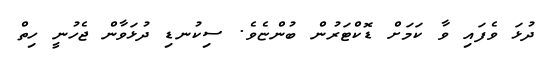
ދުޅަ ވެފައި ވާ ކަމަށް ޑޮކްޓަރުން ބުންޏެވެ. ސިކުނޑި ދުޅަވާން ޖެހުނީ ހިތް